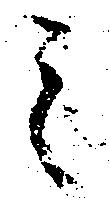
之